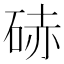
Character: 硳